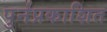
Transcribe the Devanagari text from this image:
पुर्नप्रकाशित